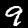
Label: 9